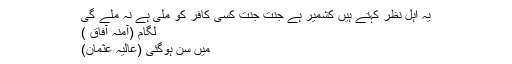
یہ اہل نظر کہتے ہیں کشمیر ہے جنت جنت کسی کافر کو ملی ہے نہ ملے گی
لگام (آمنہ آفاق )
میں سن ہوگئی (عالیہ عثمان)